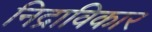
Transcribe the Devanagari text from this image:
निद्राविकार